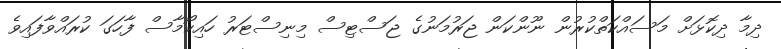
ދިމާ ދިކޮޅަށް މަސައްކަތްކުރުން ނޫންކަން ޖަރުމަނުގެ ޖަސްޓިސް މިނިސްޓަރު ހައިކޯމާސް ފާހަގަ ކުރައްވާފައިވެ